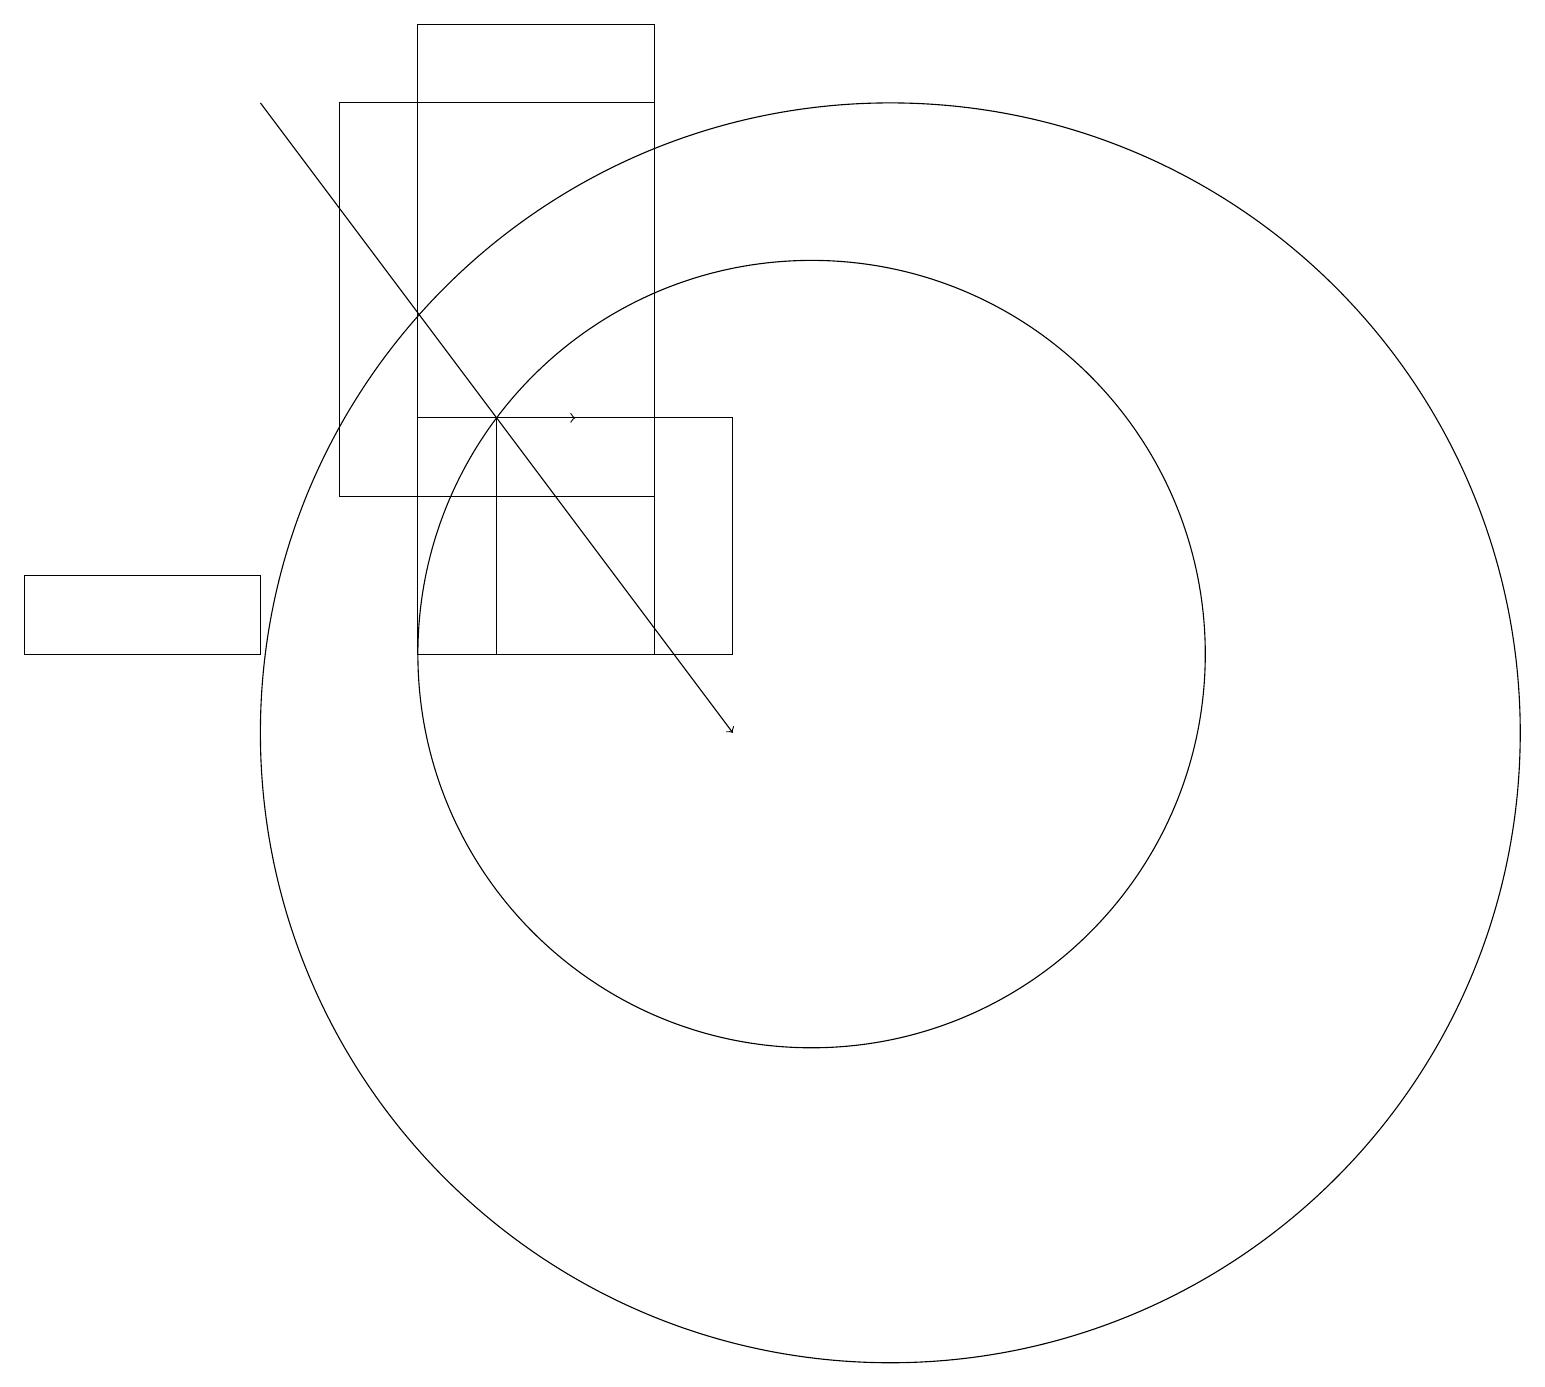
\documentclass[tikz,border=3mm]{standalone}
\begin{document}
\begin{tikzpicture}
\draw (5,11) rectangle (8,19);
\draw (3,11) rectangle (0,12);
\draw (9,11) rectangle (6,14);
\draw[->] (5,14) -- (7,14);
\draw[->] (3,18) -- (9,10);
\draw (10,11) circle (5);
\draw (11,10) circle (8);
\draw (4,18) rectangle (8,13);
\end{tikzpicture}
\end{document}